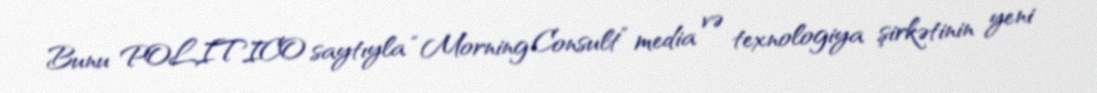
Bunu POLITICO saytıyla “Morning Consult” media və texnologiya şirkətinin yeni